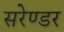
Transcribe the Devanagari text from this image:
सरेण्डर